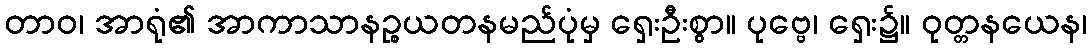
တာဝ၊ အာရုံ၏ အာကာသာနဉ္စယတနမည်ပုံမှ ရှေးဦးစွာ။ ပုဗ္ဗေ၊ ရှေး၌။ ဝုတ္တနယေန၊